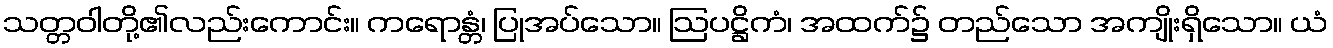
သတ္တဝါတို့၏လည်းကောင်း။ ကရောန္တံ၊ ပြုအပ်သော။ ဩပဋ္ဌိကံ၊ အထက်၌ တည်သော အကျိုးရှိသော။ ယံ